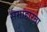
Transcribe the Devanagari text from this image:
समाहारता